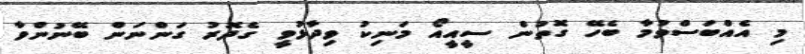
މި އެއްބަސްވުމާ ބެހޭ ގޮތުން ސީއީއޯ މަނިކު ވިދާޅުވީ ގެދޮރު ގަންނަން ބޭނުންވާ